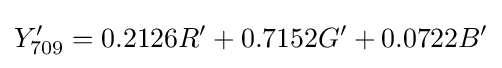
Y'_{\text{709}}=0.2126R'+0.7152G'+0.0722B'